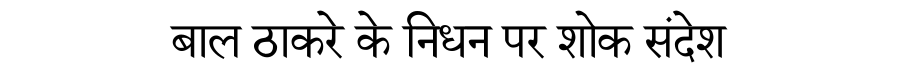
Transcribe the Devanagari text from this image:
बाल ठाकरे के निधन पर शोक संदेश